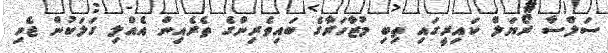
ސަލްސާ ރޯޔަލް ކައިރީގައި ތިބި މުޒާހަރާގެ ބައިވެރިންގެ ތެރެއިން އެއްލި ގަލަކުން ޖެހި